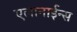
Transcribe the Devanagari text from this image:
एलानाईन्स